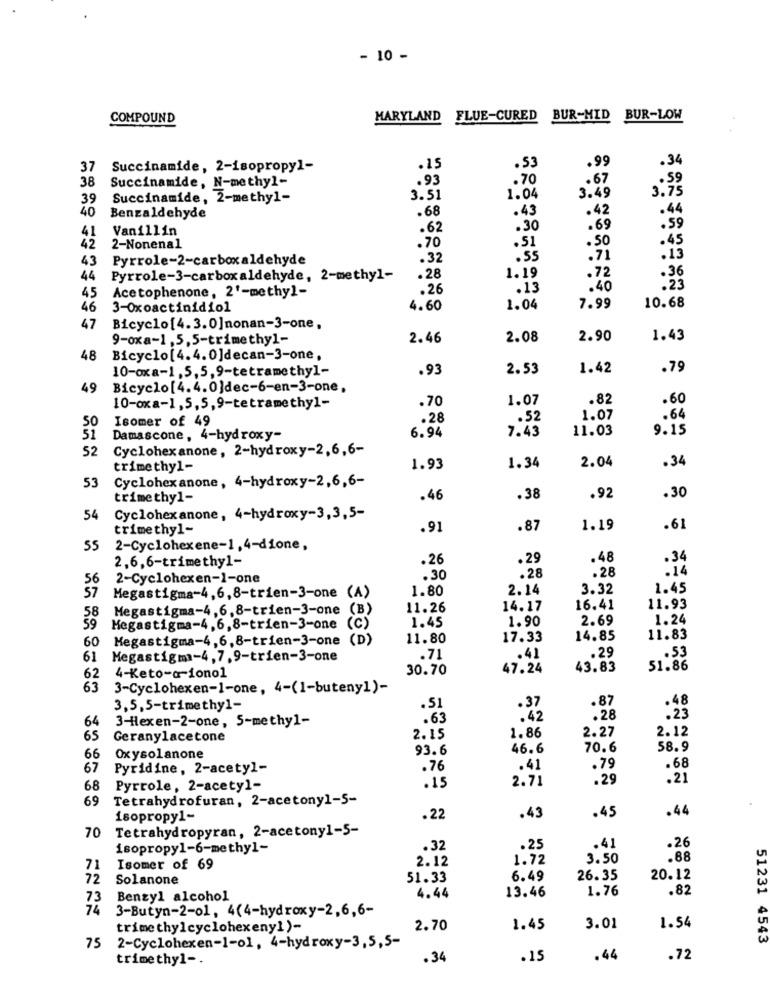
- 10 -
COMPOUND
MARYLAND FLUE-CURED BUR-MID
BUR-LOW
.99
.34
37
Succinamide, 2-isopropyl-
.15
.53
38
Succinamide, N-methyl-
.93
.70
.67
3.49
3.75
39
Succinamide, 2-methyl-
3.51
1.04
40
.68
.43
.42
.44
Benzaldehyde
Vanillin
.62
.30
.69
.59
41
.70
.51
.50
42
2-Nonenal
.45
43
Pyrrole-2-carboxaldehyde
.32
.55
.71
.15
.36
44
Pyrrole-3-carboxaldehyde, 2-methyl-
.28
1.19
.72
45
Acetophenone, 2'-methyl-
.26
.13
.40
.23
10.68
46
3-Oxoactinidiol
4.60
1.04
7.99
47
Bicyclo[4.3.0]nonan-3-one,
9-oxa-1,5,5-trimethyl-
2.46
2.08
2.90
1.43
48
Bicyclo[4.4. 0]decan-3-one,
10-oxa-1,5, 5,9-tetramethyl-
.93
2.53
1.42
.79
49
Bicyclo[4.4.0]dec-6-en-3-one,
.70
1.07
.82
.60
10-oxa-1,5,5,9-tetramethy1-
50
Isomer of 49
.28
.52
1.07
.64
6.94
7.43
11.03
9.15
51
Damascone, 4-hydroxy-
52
Cyclohexanone, 2-hydroxy-2,6,6-
2.04
trimethyl-
1.93
1.34
.34
Cyclohexanone, 4-hydroxy-2,6,6-
53
trimethyl-
.46
.38
.92
.30
54
Cyclohexanone, 4-hydroxy-3,3,5-
trimethyl-
.91
.87
1.19
.61
55
2-Cyclohexene-1,4-dione,
2.6,6-trimethyl-
.26
.29
.48
.34
.28
.14
56
2-Cyclohexen-1-one
.30
.28
57
1.80
2.14
3.32
1.45
Megastigma-4,6,8-trien-3-one (A)
Megastigma-4,6,8-trien-3-one
(B)
11.26
14.17
16.41
11.93
1.45
1.90
2.69
1.24
Megastigma-4,6,8-trien-3-one (C)
60
Megastigma-4,6,8-trien-3-one (D)
11.80
17.33
14.85
11.83
61
Megastigma-4, 7,9-trien-3-one
.71
.41
.29
.53
4-Keto-a-iono1
30.70
47.24
43.83
51.86
62
63
3-Cyclohexen-1-one, 4-(1-buteny1)-
.87
.48
3,5,5-trimethyl-
.51
64
3-Hexen-2-one, 5-methyl-
.63
:42
.28
.23
1.86
2.27
2.12
65
Geranylacetone
2.15
93.6
46.6
70.6
58.9
66
Oxysolanone
67
Pyridine, 2-acetyl-
.76
.41
.79
.68
2.71
.29
.21
68
Pyrrole, 2-acetyl-
.15
69
Tetrahydrofuran, 2-acetony1-5-
.44
isopropyl-
.22
.43
.45
Tetrahydropyran, 2-acetony1-5-
70
.26
isopropyl-6-methyl-
.32
.25
.41
2.12
1.72
3.50
.88
71
Isomer of 69
72
Solanone
51.33
6.49
26.35
20.12
4.44
13.46
1.76
.82
73
Benzyl alcohol
74
3-Butyn-2-o1, 4(4-hydroxy-2,6,6-
trimethylcyclohexeny1 )-
2.70
1.45
3.01
1.54
51231 4543
75
2-Cyclohexen-1-o1, 4-hydroxy-3,5,5-
trimethyl -.
.34
.15
.44
.72